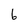
Character: 6